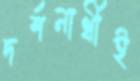
দর্শনার্থীই